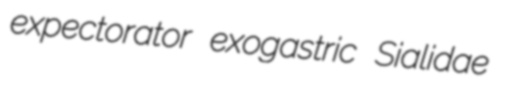
expectorator exogastric Sialidae